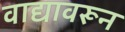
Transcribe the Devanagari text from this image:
वाद्यावरून